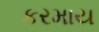
કરમાય